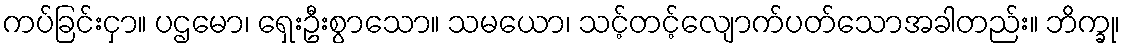
ကပ်ခြင်းငှာ။ ပဌမော၊ ရှေးဦးစွာသော။ သမယော၊ သင့်တင့်လျောက်ပတ်သောအခါတည်း။ ဘိက္ခု၊